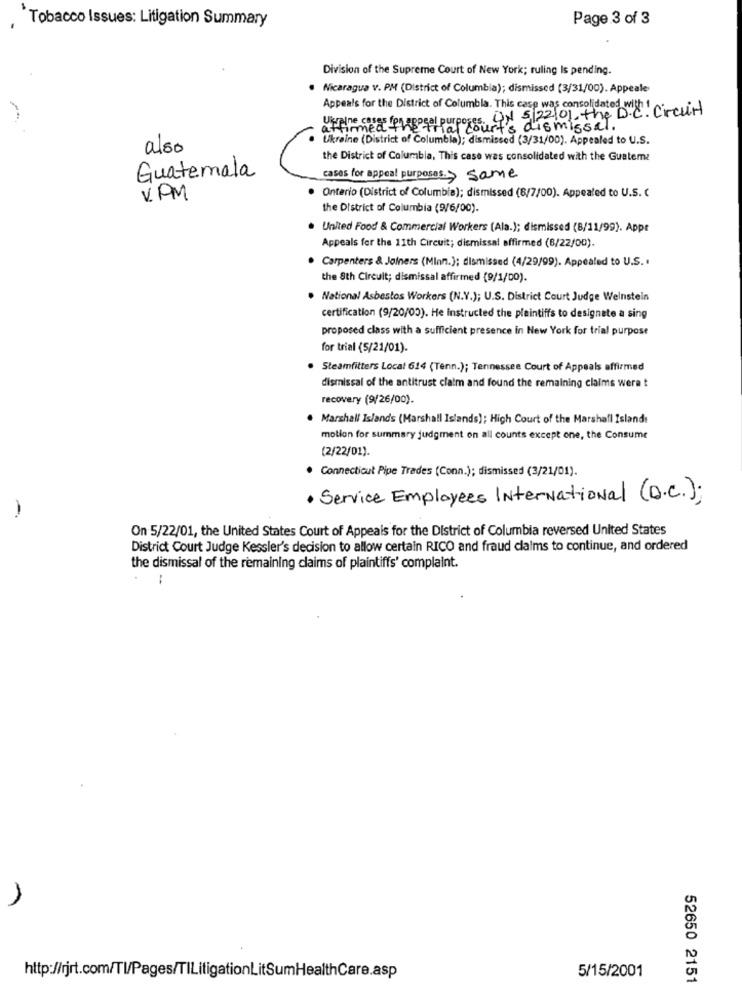
"Tobacco Issues: Litigation Summary
Page 3 of 3
Division of the Supreme Court of New York; ruling Is pending.
· Nicaragua v. PM (District of Columbia); dismissed (3/31/00). Appeale
Appeals for the District of Columbia. This case was consolidated with 1
Strial(8 9) $122/01, the D.C. Circuit
Ukraine coses for appeal purposes.
affirmed
it's dismissal .
Ukraine (District of Columbia); dismissed (3/31/00). Appealed to U.S.
also
the District of Columbia, This case was consolidated with the Guateme
Guatemala
cases for appeal purposes.> same
VPM
· Ontario (District of Columbia); dismissed (8/7/00). Appealed to U.S. (
the District of Columbia (9/6/00).
. United Food & Commercial Workers (Ala.); dismissed (8/11/99). Appe
Appeals for the 11th Circuit; dismissal affirmed (8/22/00).
· Carpenters & Joiners (Minn.); dismissed (4/29/99). Appealed to U.S.
the 8th Circuit; dismissal affirmed (9/1/00).
. National Asbestos Workers (N.V.); U.S. District Court Judge Weinstein
certification (9/20/00). He instructed the plaintiffs to designate a sing
proposed class with a sufficient presence in New York for trial purpose
for trial (5/21/01).
Steamfitters Local 614 (Tenn.); Tennessee Court of Appeals affirmed
dismissal of the antitrust claim and found the remaining claims wera t
recovery (9/26/00).
Marshall Islands (Marshall Islands); High Court of the Marshall Islands
motion for summary judgment on all counts except one, the Consume
(2/22/01).
· Connecticut Pipe Trades (Conn.); dismissed (3/21/01).
· Service Employees International (D.C.);
-
On 5/22/01, the United States Court of Appeals for the District of Columbia reversed United States
District Court Judge Kessler's decision to allow certain RICO and fraud claims to continue, and ordered
the dismissal of the remaining claims of plaintiffs' complaint.
1
5/15/2001
http://rjrt.com/Tl/Pages/TILitigationLitSumHealthCare.asp
52650 2151